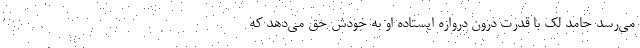
می‌رسد حامد لک با قدرت درون دروازه ایستاده او به خودش حق می‌دهد که